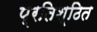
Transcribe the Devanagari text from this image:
प्रतिश्ठित